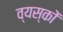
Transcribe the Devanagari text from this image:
व्‍यस्‍कों